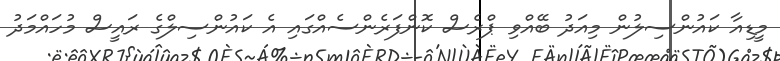
މީޑިއާ ކައުންސިލުން މިއަދު ބޭއްވި ޕްރެސް ކޮންފަރެންސެއްގައި އެ ކައުންސިލްގެ ރައީސް މުހައްމަދު